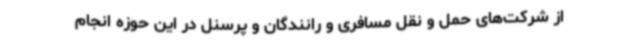
از شرکت‌های حمل و نقل مسافری و رانندگان و پرسنل در این حوزه انجام